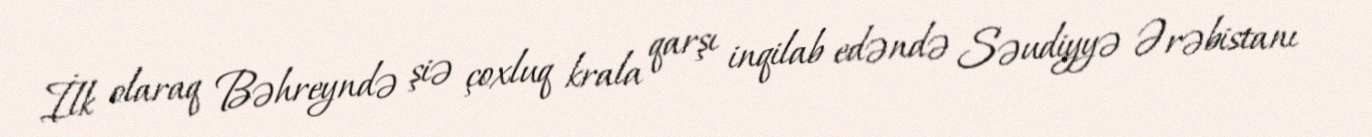
İlk olaraq Bəhreyndə şiə çoxluq krala qarşı inqilab edəndə Səudiyyə Ərəbistanı